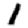
Digit: 1